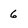
Character: 6